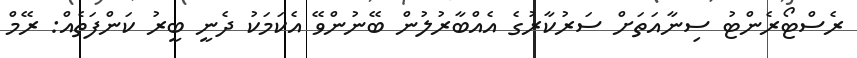
ރެސްޓޯރެންޓު ސިނާއަތަށް ސަރުކާރުގެ އެއްބާރުލުން ބޭނުންވޭ އެކަމަކު ދެނީ ބީރު ކަންފަތެއް: ރޭމް